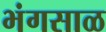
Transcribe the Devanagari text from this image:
भंगसाळ